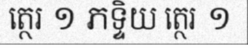
ត្ថេរ ១ ភទ្ទិយ ត្ថេរ ១